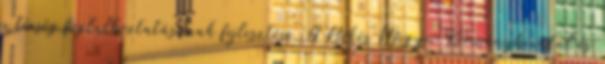
a térség foglalkoztatásának fejlesztése. A Békés Megyei Kormányhivatal és